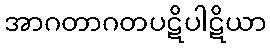
အာဂတာဂတပဋိပါဋိယာ